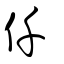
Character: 仟